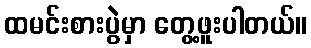
ထမင်းစားပွဲမှာ တွေ့ဖူးပါတယ်။